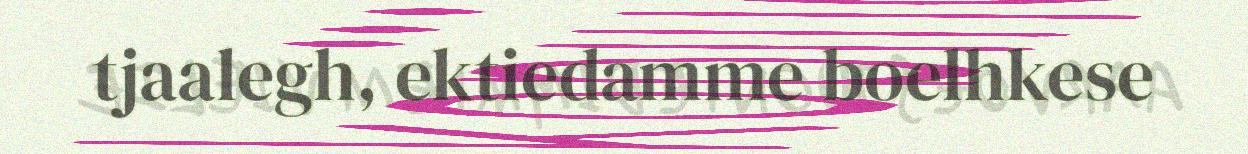
tjaalegh, ektiedamme boelhkese